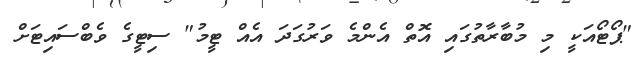
"ޕޯޓޯއަކީ މި މުބާރާތުގައި އޮތް އެންމެ ވަރުގަދަ އެއް ޓީމު" ސިޓީގެ ވެބްސައިޓަށް